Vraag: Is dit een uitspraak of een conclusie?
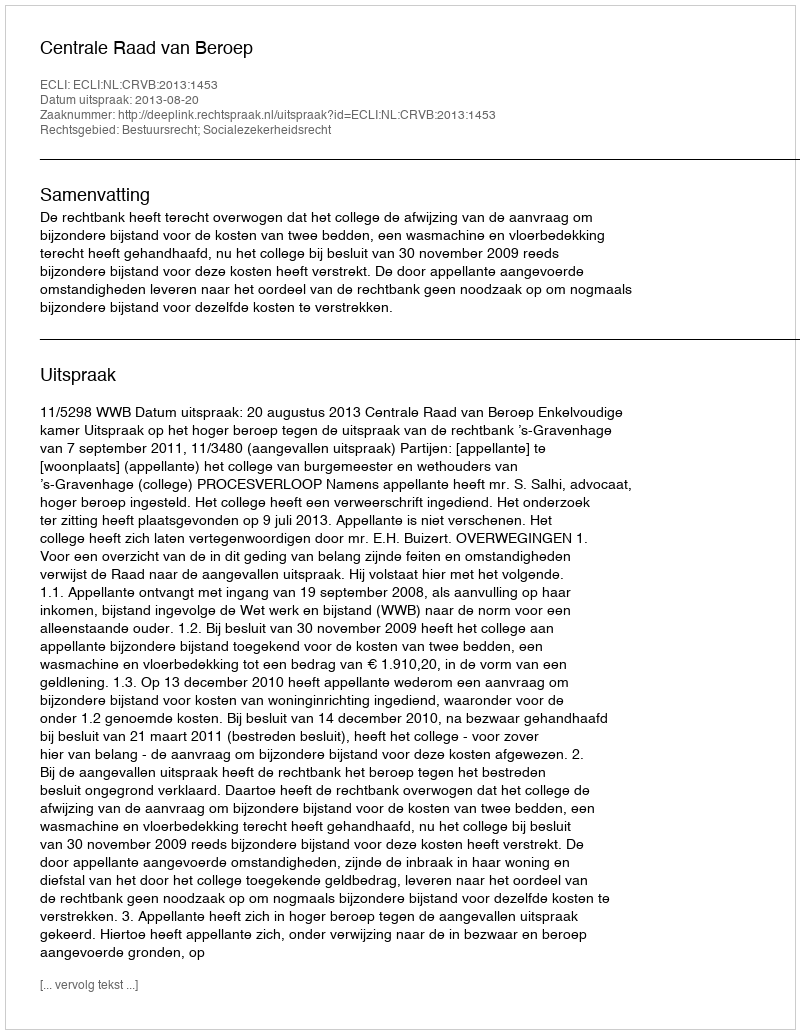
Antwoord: Uitspraak